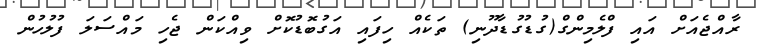
ރާއްޖެއަށް އައި ފްލެމިންގް(ގުޑުގުޑާދޫނި) ތަކެއް ހިފައި އަގުބޮޑުކޮށް ވިއްކަން ޖެހި މައްސަލަ ފުލުހުން